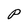
Character: p